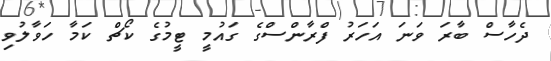
ދެހާސް ބާރަ ވަނަ އަހަރު ފްރާންސްގެ ގައުމީ ޓީމުގެ ކޯޗް ކަމާ ހަވާލުވި